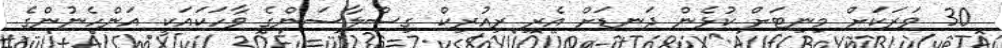
30 ވަރަކަށް މިނިޓަށް ކުޅެން ދަނޑަށް އެރި ރިއުރިކް ގިސްލާސަންގެ ވާހަކައަކީ އަންހެނުންގެ